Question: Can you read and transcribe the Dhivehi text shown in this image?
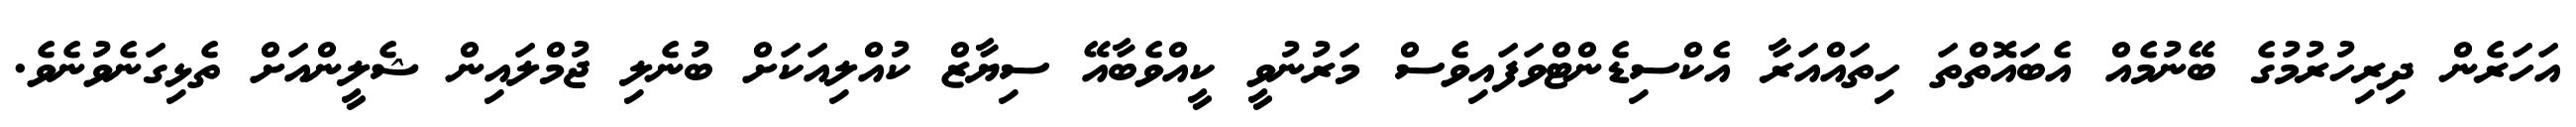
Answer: އަހަރެން ދިރިހުރުމުގެ ބޭނުމެއް އެބައޮތްތަ ހިތައްއަރާ އެކްސިޑެންޓްވަފައިވެސް މަރުނުވީ ކީއްވެބާއޭ ސިޔާޒް ކުއްލިއަކަށް ބުނެލި ޖުމްލައިން ޝެލީންއަށް ތެޅިގަނެވުނެވެ.